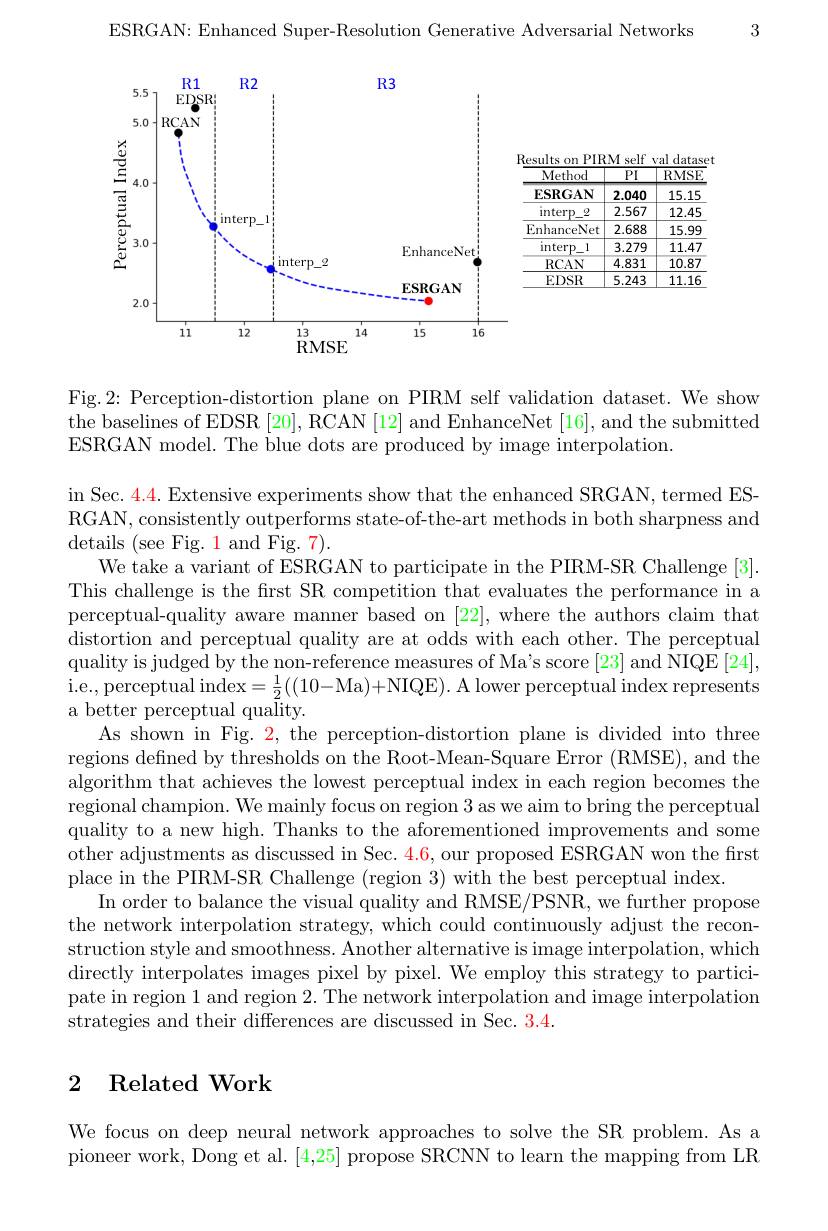
3

ESRGAN: Enhanced Super-Resolution Generative Adversarial Networks

<FigureHere>

Fig.2: Perception-distortion plane on PIRM self validation dataset. We show the baselines of EDSR [20], RCAN [12] and EnhanceNet [16], and the submitted ESRGAN model. The blue dots are produced by image interpolation.

$\operatorname { in}$ Sec. 4. 4. Extensive experiments show that the enhanced SRGAN, termed ES- RGAN, consistently outperforms state-of-the-art methods in both sharpness and details ( see Fig. 1 and Fig. 7) .
We take a variant of ESRGAN to participate in the PIRM-SR Challenge [3]. This challenge is the frst SR competition that evaluates the performance in a perceptual-quality aware manner $\dot\text{based on [22], where the authors claim that}$ distortion and perceptual quality are at odds with each other. The perceptual quality is judged by the non-reference measures of Ma's score [23] and NIQE [24], i.e., perceptual index$=\frac12((10-$Ma)+NIQE). A lower perceptual index represents a better perceptual quality.
As shown in Fig. 2, the perception-distortion plane is divided into three regions defined by thresholds on the Root-Mean-Square Error (RMSE), and the algorithm that achieves the lowest perceptual index in each region becomes the regional champion. We mainly focus on region 3 as we aim to bring the perceptual quality to a new high. Thanks to the aforementioned improvements and some other adjustments as discussed in Sec. $\color{red}{4.6,\text{our proposed ESRGAN won the frst}}$ place in the PIRM-SR Challenge (region 3) with the best perceptual index.
In order to balance the visual quality and RMSE/PSNR, we further propose the network interpolation strategy, which could continuously adjust the reconstruction style and smoothness. Another alternative is image interpolation, which directly interpolates images pixel by pixel. We employ this strategy to participate in region 1 and region 2. The network interpolation and image interpolation strategies and their differences are discussed in Sec. 3.4.

## 2 Related Work

We focus on deep neural network approaches to solve the SR problem. As a pioneer work, Dong et al. [4,25] propose SRCNN to learn the mapping from LR